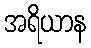
အရိယာန